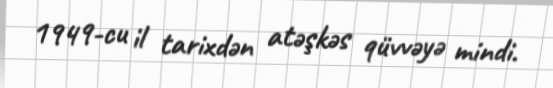
1949-cu il tarixdən atəşkəs qüvvəyə mindi.